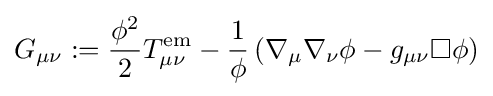
G_{\mu \nu }:={\frac {\phi ^{2}}{2}}T_{\mu \nu }^{\mathrm {em} }-{\frac {1}{\phi }}\left(\nabla _{\mu }\nabla _{\nu }\phi -g_{\mu \nu }\square \phi \right)